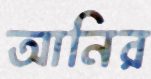
আনির